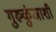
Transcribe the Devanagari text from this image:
गुरुकुंजाशी